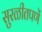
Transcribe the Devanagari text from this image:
सुरळीतपणें